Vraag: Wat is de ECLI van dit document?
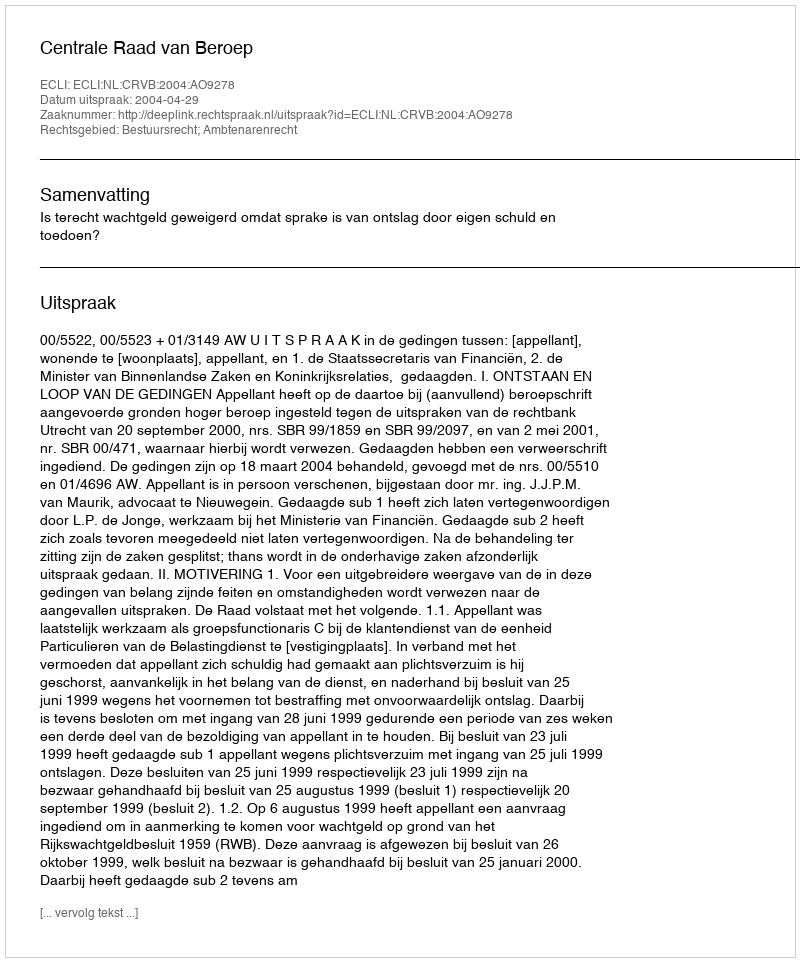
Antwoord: ECLI:NL:CRVB:2004:AO9278